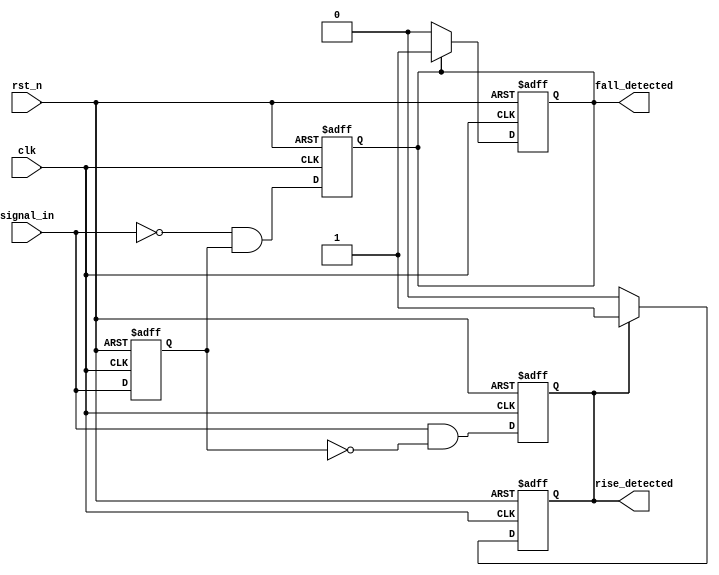
module dual_edge_detector (
    input wire clk,
    input wire rst_n,            // Active LOW reset
    input wire signal_in,        // Input signal to detect edges
    output reg rise_detected,    // Output for rising edge detection
    output reg fall_detected      // Output for falling edge detection
);

    // Memory blocks to hold the previous states of signal_in
    reg prev_state;              // Holds the previous state
    reg prev_prev_state;         // Holds the state two clock cycles ago

    // Sequential logic for edge detection
    always @(posedge clk or negedge rst_n) begin
        if (!rst_n) begin
            // Reset conditions
            prev_state <= 0;
            prev_prev_state <= 0;
            rise_detected <= 0;
            fall_detected <= 0;
        end else begin
            // State capture
            prev_prev_state <= prev_state;
            prev_state <= signal_in;

            // Edge detection logic
            rise_detected <= (signal_in && !prev_state);
            fall_detected <= (!signal_in && prev_state);
        end
    end

    // Reset rise_detected and fall_detected after one clock cycle
    always @(posedge clk or negedge rst_n) begin
        if (!rst_n) begin
            rise_detected <= 0;
            fall_detected <= 0;
        end else begin
            if (rise_detected) begin
                rise_detected <= 1; // Output high for one clock cycle
            end else begin
                rise_detected <= 0; // Reset after one cycle
            end
            
            if (fall_detected) begin
                fall_detected <= 1; // Output high for one clock cycle
            end else begin
                fall_detected <= 0; // Reset after one cycle
            end
        end
    end

endmodule